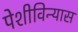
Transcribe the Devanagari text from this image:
पेशीविन्यास